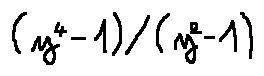
( y ^ { 4 } - 1 ) / ( y ^ { 2 } - 1 )